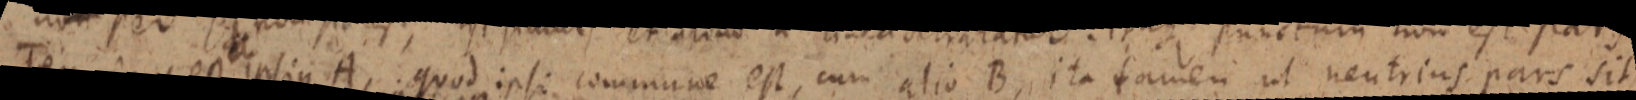
Terminus est ipsius A, quod ipsi commune est, cum alio B, ita tamen ut neutrius pars sit